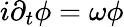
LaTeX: i\partial_{t}\phi=\omega\phi